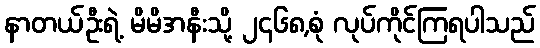
နာတယ်ဦးရဲ့ မိမိအနီးသို့ ၂၄၆၈,စုံ လုပ်ကိုင်ကြရပါသည်